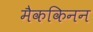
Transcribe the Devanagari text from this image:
मैककिनन